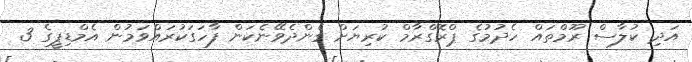
އަދި ކުލާސް ރޫމްތައް ހެދުމުގެ ޕްރޮގްރާމް ކުރިޔަށް ގެންދެވޭނެކަން ފާހަގަކުރައްވަމުން އެމްޑިޕީގެ 3